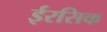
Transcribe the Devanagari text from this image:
ईरसिक